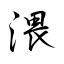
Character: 渨